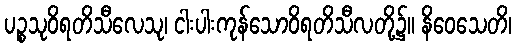
ပဉ္စသုဝိရတိသီလေသု၊ ငါးပါးကုန်သောဝိရတိသီလတို့၌။ နိဝေသေတိ၊